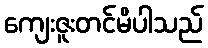
ကျေးဇူးတင်မိပါသည်